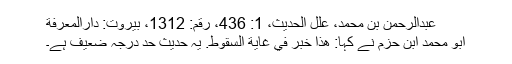
عبدالرحمن بن محمد، علل الحديث، 1: 436، رقم: 1312، بيروت: دارالمعرفة
ابو محمد ابن حزم نے کہا: هَذَا خَبَرٌ فِي غَايَةِ السُّقُوطِ. یہ حدیث حد درجہ ضعیف ہے۔